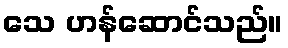
သေ ဟန်ဆောင်သည်။